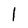
Character: 1